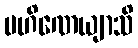
ပဟိဏေယျာသိ